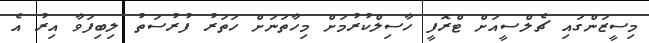
މިސީޒަންގައި ޗެލްސީއަށް ޓްރޮފީ ހާސިލްކުރުމަށް މިހާތަނަށް ހަތަރު ފުރުސަތު ލިބިފަވާ އިރު އެ